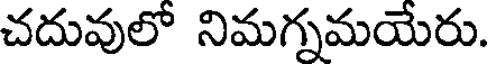
చదువులో నిమగ్నమయేరు.